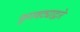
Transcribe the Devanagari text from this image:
फुगवट्याद्वारे